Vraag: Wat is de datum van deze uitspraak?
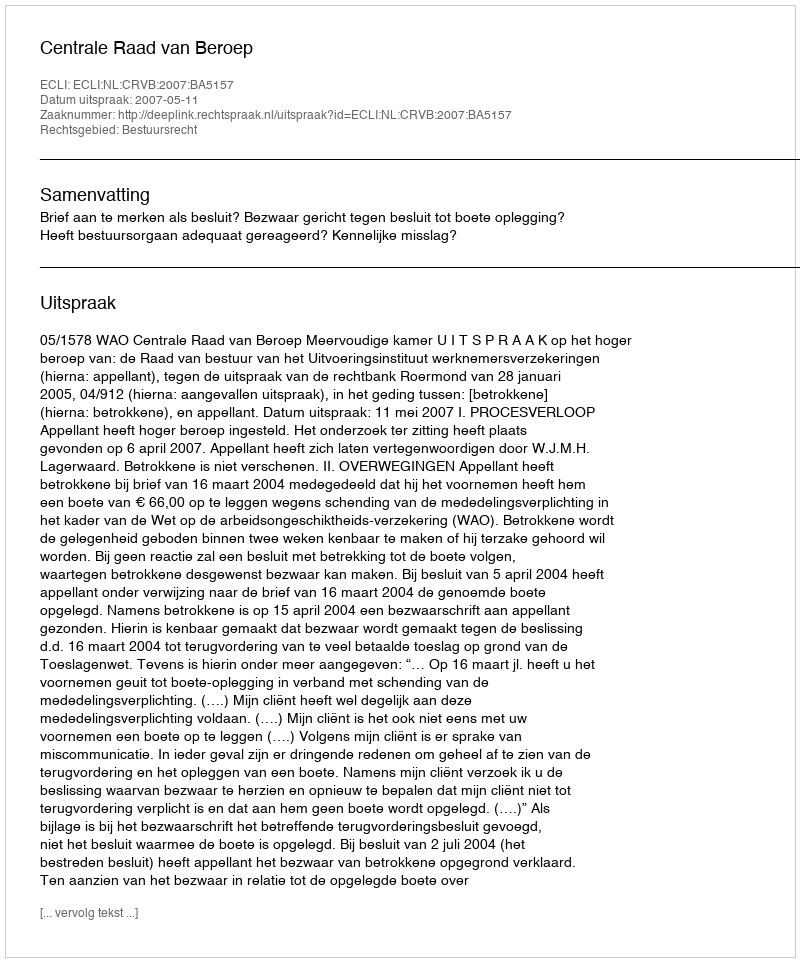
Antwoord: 2007-05-11